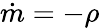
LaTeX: {\dot{m}}=-\rho